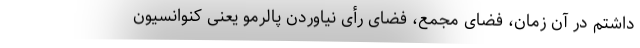
داشتم در آن زمان، فضای مجمع، فضای رأی نیاوردن پالرمو یعنی کنوانسیون